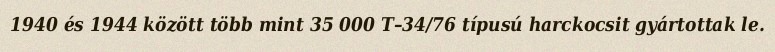
1940 és 1944 között több mint 35 000 T–34/76 típusú harckocsit gyártottak le.